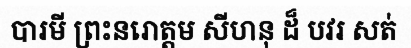
បារមី ព្រះនរោត្តម សីហនុ ដ៏ បវរ សត់